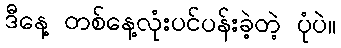
ဒီနေ့ တစ်နေ့လုံးပင်ပန်းခဲ့တဲ့ ပုံပဲ။